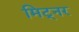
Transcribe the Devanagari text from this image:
मिट्नर